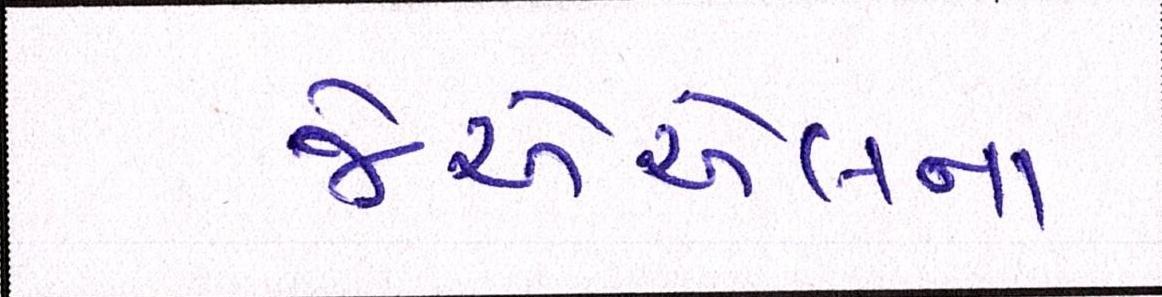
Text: જેએએલના